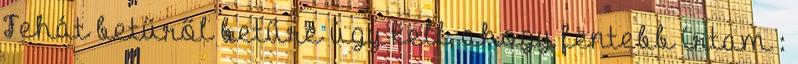
Tehát betűről betűre úgy kell, ahogy fentebb írtam :